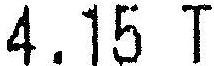
4.15 T